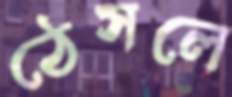
ঠেসলে